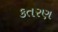
કતરણ